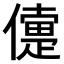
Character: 𠏴